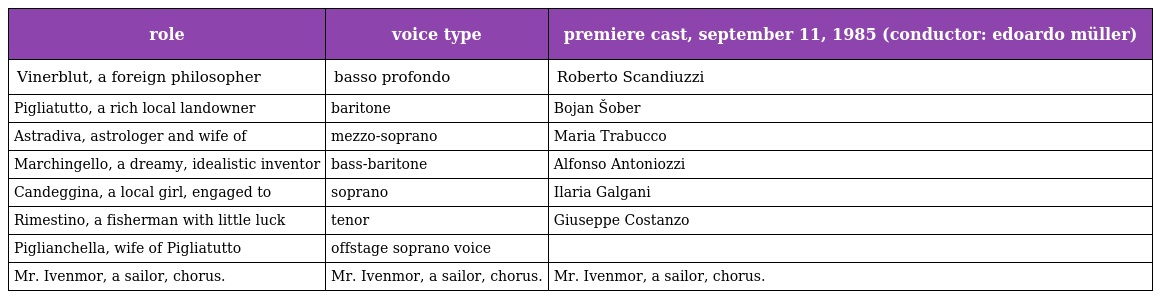
| role | voice type | premiere cast, september 11, 1985 (conductor: edoardo müller) |
 | --- | --- | --- |
 | Vinerblut, a foreign philosopher | basso profondo | Roberto Scandiuzzi |
 | Pigliatutto, a rich local landowner | baritone | Bojan Šober |
 | Astradiva, astrologer and wife of | mezzo-soprano | Maria Trabucco |
 | Marchingello, a dreamy, idealistic inventor | bass-baritone | Alfonso Antoniozzi |
 | Candeggina, a local girl, engaged to | soprano | Ilaria Galgani |
 | Rimestino, a fisherman with little luck | tenor | Giuseppe Costanzo |
 | Piglianchella, wife of Pigliatutto | offstage soprano voice |  |
 | Mr. Ivenmor, a sailor, chorus. | Mr. Ivenmor, a sailor, chorus. | Mr. Ivenmor, a sailor, chorus. |